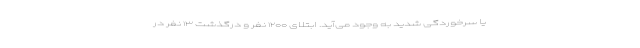
یا سرخوردگی شدید به وجود می‌آید. ابتلای ۱۲۰۰ نفر و درگذشت ۱۳ نفر در